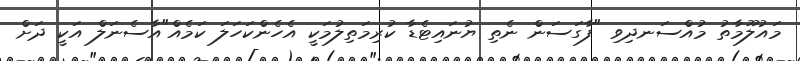
މައުލޫމާތު މުއްސަނދިވި "ފާގަސަން ނެތި ޔުނައިޓެޑާ ކުރިމަތިލުމަކީ އެހެންކަހަލަ ކަމެއް"އާސެނަލް އަކީ ދަށް